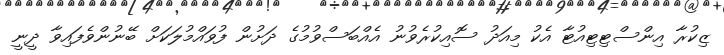
ޒިކުރާ އިންސްޓިޓިއުޓާ އެކު މިއަދު ސޮއިކުރެވުނު އެއްބަސްވުމުގެ ދަށުން ފުވައްމުލަކަށް ބޭނުންވެފައިވާ ދީނީ